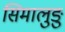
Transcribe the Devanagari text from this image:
सिमालुङु